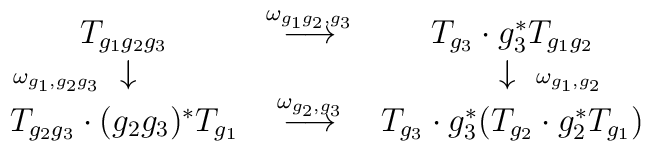
\begin{array}{ccc}T_{g_1 g_2 g_3} & \stackrel{ \omega_{g_1 g_2, g_3} }{ \longrightarrow } &T_{g_3} \cdot g_3^* T_{g_1 g_2} \\\makebox[0pt][r]{ $\scriptstyle{ \omega_{g_1, g_2 g_3} }$ } \downarrow& & \downarrow \makebox[0pt][l]{ $\scriptstyle{ \omega_{g_1, g_2} }$ } \\T_{g_2 g_3} \cdot (g_2 g_3)^* T_{g_1} & \stackrel{ \omega_{g_2, g_3} }{\longrightarrow } & T_{g_3} \cdot g_3^*( T_{g_2} \cdot g_2^* T_{g_1} ) \end{array}